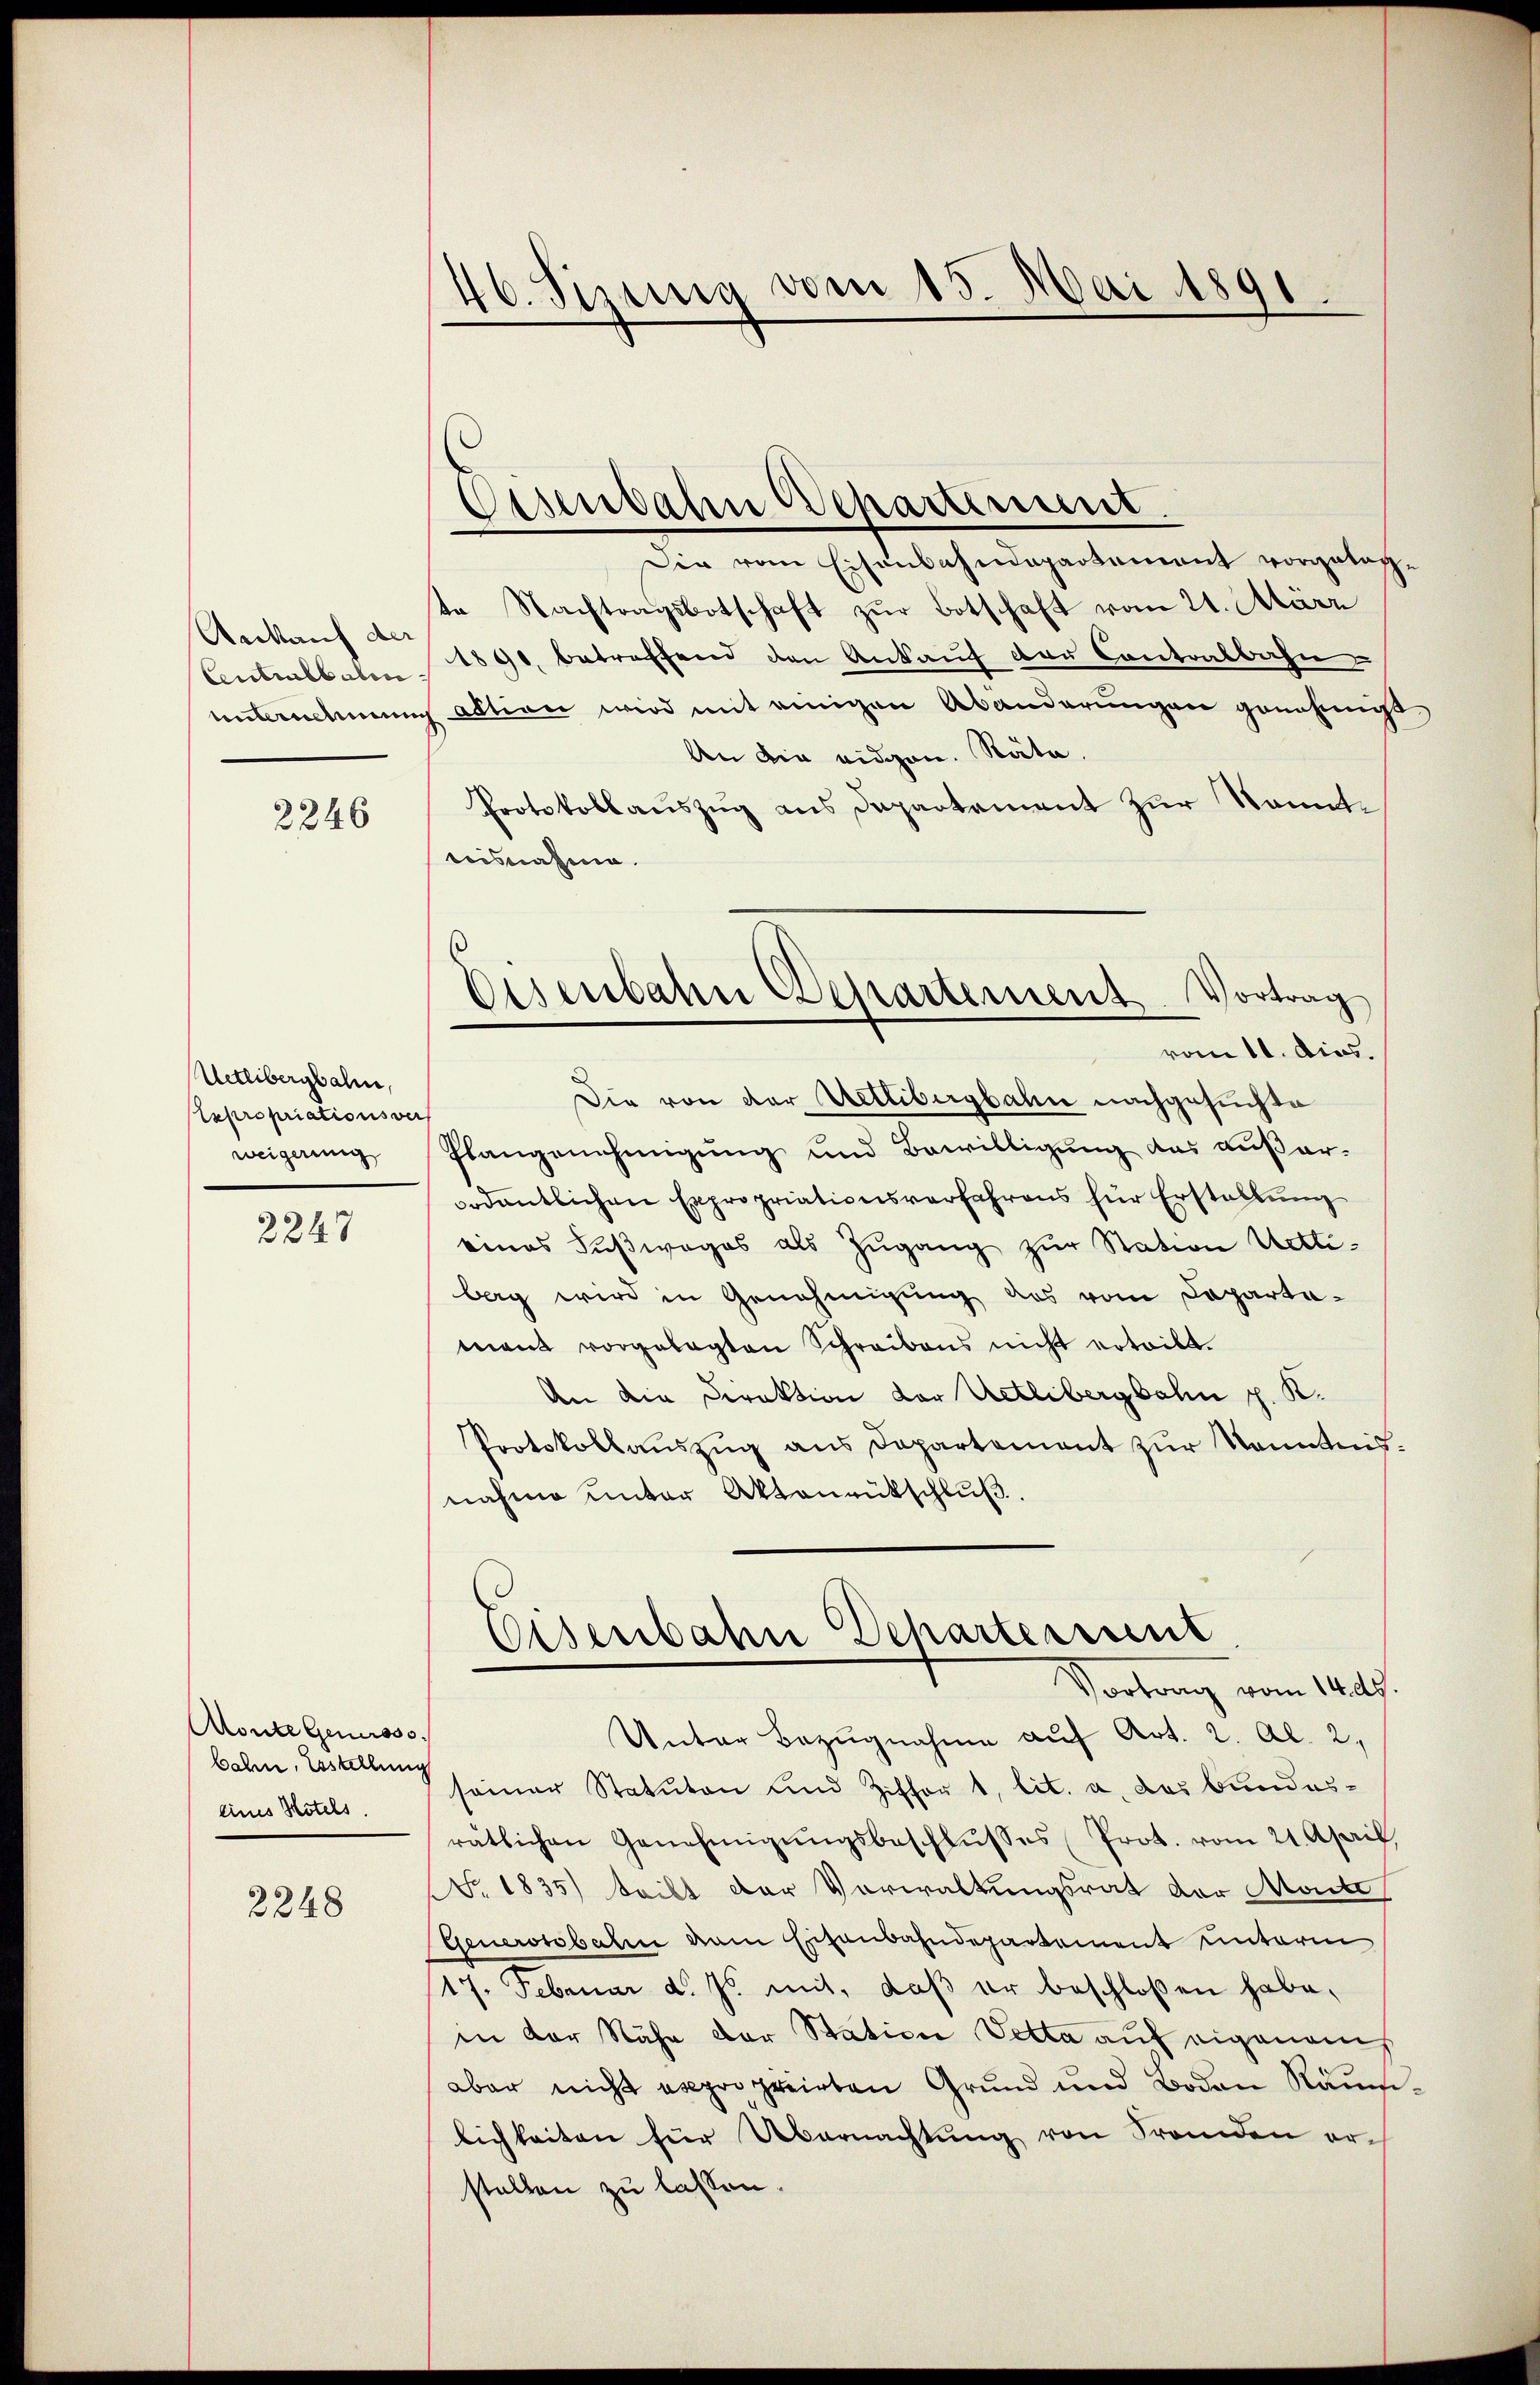
Ankauf des
Centralbalen
unternehmen

2246

Uetlibergbahn,
Expropriationsver
weigerung

2247

Monte Genoss
bahn, Esstellung
eines Hotels.

2248

46. Sizung vom 15. Mai 1891

(
Osenbahn Bepartement.

Die vom Eisenbahndepartement vorgetag,
te Nachtragsbotschaft zŭr Botschaft vom 21. März
1890, betreffend den Ankauf der Contralbahn
aktion wird mit einigen Abänderungen genehmigt
An die eidgen. Räte.
Protokollaŭszŭg ans Departement zŭr Kenntteisnahme.
vom 11. dies.
Die von der Uetlibergbahn nachgesuchte
Plangenehmigung und Bewilligung des außerordentlichen Expropriationsverfahrens für Erstellŭng
eines Fŭβwages als Zŭgang zŭr Station Uetli-
berg wird in Genehmigung des vom Departamant vorgelegten Schreibens nicht erteilt.
An die Direktion der Uetlibergbahn p. K.
Protokollauszug aus Departement zur Kenntnisnahme unter Aktenrütschluß.
Eisenbahn Scharterient
Vortrag vom 14.ds.
Unter Bezugnahme auf Art. 2. Al. 2,
seiner Statuten und Ziffer 1, lit. a. das Bundesrätlichen Genehmigŭngsbeschlŭsses Prot. vom 21. April,
No. 1835) teilt der Vorwaltungsrat der Monte
Generstobahn dem Eisenbahndepartement unterm
17. Februar d. Js. mit, daß er beschloßen habe.
in der Nähe der Station Vetta auf eigenans
aber nicht expropriirten Grund und Boden Räume
lichkeiten für Übernachtung von Franden erstellen zu lassen.

Eisenbahn Departement. Vortrag